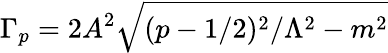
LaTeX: \Gamma_{p}=2A^{2}\sqrt{(p-1/2)^{2}/\Lambda^{2}-m^{2}}